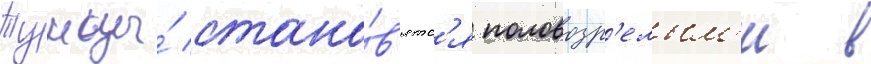
Тунцы́ стано́в'ятс'я половозр'елым'и в